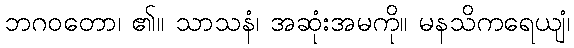
ဘဂဝတော၊ ၏။ သာသနံ၊ အဆုံးအမကို။ မနသိကရေယျံ၊